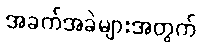
အခက်အခဲများအတွက်